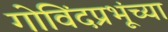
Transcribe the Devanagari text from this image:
गोविंदप्रभूंच्या